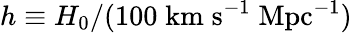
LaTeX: h\equiv H_{0}/(100\; \mathrm{km\; s^{-1}\; Mpc^{-1}})